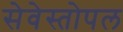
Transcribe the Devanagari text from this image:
सेवेस्तोपल